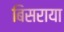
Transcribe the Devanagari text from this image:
बिसराया